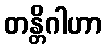
တန္တိဂါဟာ